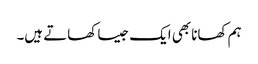
ہم کھانا بھی ایک جیسا کھاتے ہیں۔